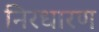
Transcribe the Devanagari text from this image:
निरधारण